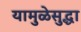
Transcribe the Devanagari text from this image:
यामुळेसुद्धा